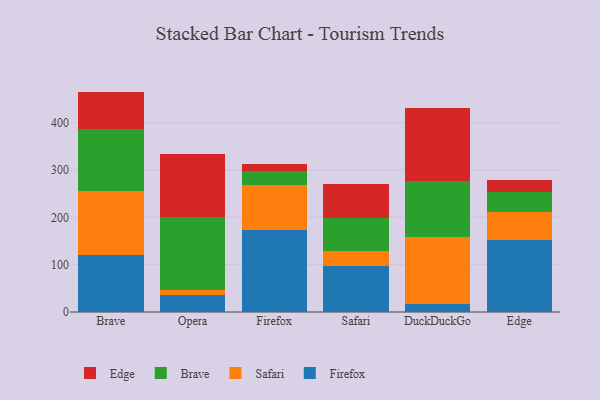
{"axis": {"x": "Browser", "y": "Active Users"}, "legend": ["Brave", "Edge", "Firefox", "Safari"], "data": [{"x": "Brave", "y": 121.1, "type": "Firefox"}, {"x": "Brave", "y": 134.5, "type": "Safari"}, {"x": "Brave", "y": 131.6, "type": "Brave"}, {"x": "Brave", "y": 78.4, "type": "Edge"}, {"x": "Opera", "y": 35.5, "type": "Firefox"}, {"x": "Opera", "y": 10.0, "type": "Safari"}, {"x": "Opera", "y": 155.5, "type": "Brave"}, {"x": "Opera", "y": 132.2, "type": "Edge"}, {"x": "Firefox", "y": 174.0, "type": "Firefox"}, {"x": "Firefox", "y": 94.8, "type": "Safari"}, {"x": "Firefox", "y": 29.9, "type": "Brave"}, {"x": "Firefox", "y": 15.0, "type": "Edge"}, {"x": "Safari", "y": 97.3, "type": "Firefox"}, {"x": "Safari", "y": 32.0, "type": "Safari"}, {"x": "Safari", "y": 69.2, "type": "Brave"}, {"x": "Safari", "y": 71.4, "type": "Edge"}, {"x": "DuckDuckGo", "y": 16.9, "type": "Firefox"}, {"x": "DuckDuckGo", "y": 142.5, "type": "Safari"}, {"x": "DuckDuckGo", "y": 117.1, "type": "Brave"}, {"x": "DuckDuckGo", "y": 154.6, "type": "Edge"}, {"x": "Edge", "y": 151.8, "type": "Firefox"}, {"x": "Edge", "y": 58.8, "type": "Safari"}, {"x": "Edge", "y": 42.9, "type": "Brave"}, {"x": "Edge", "y": 26.0, "type": "Edge"}]}